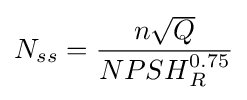
N_{ss}={\frac {n{\sqrt {Q}}}{{NPSH}_{R}^{0.75}}}